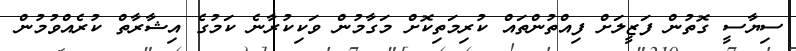
ސިޔާސީ ގޮތުން ފަޒީލަށް ފިއްތުންތައް ކުރިމަތިކޮށް މަގާމުން ވަކިކުރާނެ ކަމުގެ އިޝާރާތް ކުރެއްވުމުން